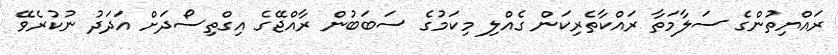
ރައްޔިތުންގެ ސަލާމަތާ ރައްކާތެރިކަން ގެއްލި މިކަމުގެ ސަބަބުން ރާއްޖޭގެ އިގްތިސޯދަށް އަދަދު ނުކުރެވޭ